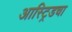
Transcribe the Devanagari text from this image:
आस्ट्रिडचा